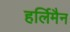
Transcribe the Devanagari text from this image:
हर्लिमैन